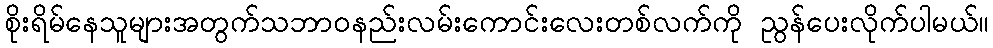
စိုးရိမ်နေသူများအတွက်သဘာဝနည်းလမ်းကောင်းလေးတစ်လက်ကို ညွန်ပေးလိုက်ပါမယ်။